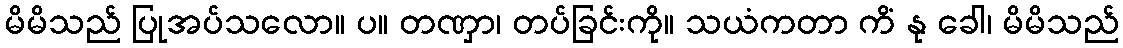
မိမိသည် ပြုအပ်သလော။ ပ။ တဏှာ၊ တပ်ခြင်းကို။ သယံကတာ ကိံ နု ခေါ၊ မိမိသည်